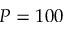
P = 1 0 0